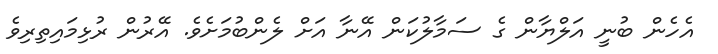
އެހެން ބުނީ އަލްޔާން ގެ ސަމާލުކަން އޭނާ އަށް ލެންބުމަށެވެ. އޭރުން ރުޅިމައިތިރިވެ